Civil Veterinary Department. United Provinces 1912-22 - 1912-1922
Year: 1912
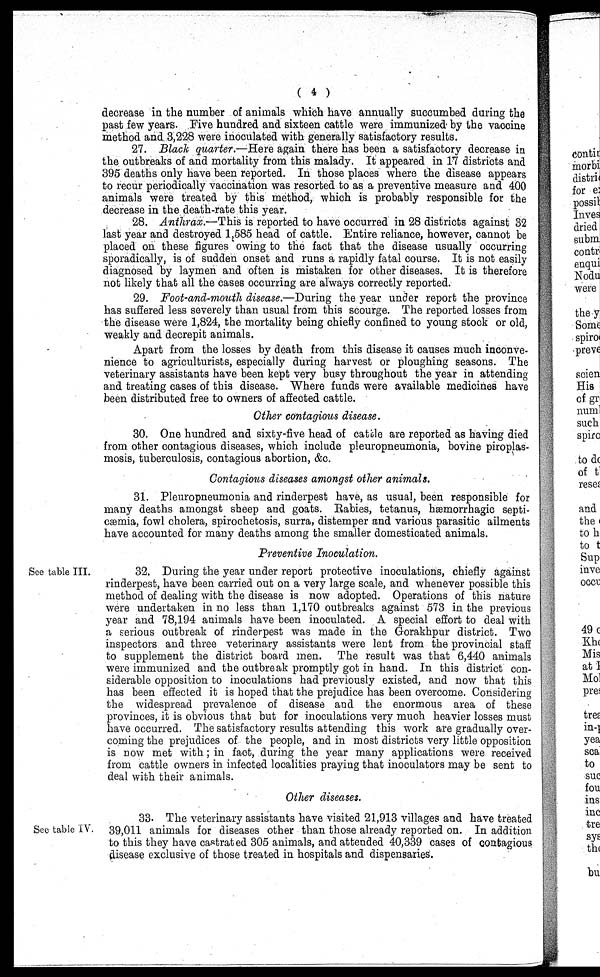
(4)
decrease in the number of animals which have annually succumbed during the
past few years. Five hundred and sixteen cattle were immunized by the vaccine
method and 3,228 were inoculated with generally satisfactory results.
27. Black quarter.—Here again there has been a satisfactory decrease in
the outbreaks of and mortality from this malady. It appeared in 17 districts and
395 deaths only have been reported. In those places where the disease appears
to recur periodically vaccination was resorted to as a preventive measure and 400
animals were treated by this method, which is probably responsible for the
decrease in the death-rate this year.
28. Anthrax.—This is reported to have occurred in 28 districts against 32
last year and destroyed 1,585 head of cattle. Entire reliance, however, cannot be
placed on these figures owing to the fact that the disease usually occurring
sporadically, is of sudden onset and runs a rapidly fatal course. It is not easily
diagnosed by laymen and often is mistaken for other diseases. It is therefore
not likely that all the cases occurring are always correctly reported.
29. Foot-and-mouth disease.—During the year under report the province
has suffered less severely than usual from this scourge. The reported losses from
the disease were 1,824, the mortality being chiefly confined to young stock or old,
weakly and decrepit animals.
Apart from the losses by death from this disease it causes much inconve-
nience to agriculturists, especially during harvest or ploughing seasons. The
veterinary assistants have been kept very busy throughout the year in attending
and treating cases of this disease. Where funds were available medicines have
been distributed free to owners of affected cattle.
Other contagious disease.
30. One hundred and sixty-five head of cattle are reported as having died
from other contagious diseases, which include pleuropneumonia, bovine piroplas-
mosis, tuberculosis, contagious abortion, &c.
Contagious diseases amongst other animals.
31. Pleuropneumonia and rinderpest have, as usual, been responsible for
many deaths amongst sheep and goats. Rabies, tetanus, hæmorrhagic septi-
cæmia, fowl cholera, spirochetosis, surra, distemper and various parasitic ailments
have accounted for many deaths among the smaller domesticated animals.
Preventive Inoculation.
See table III.
32. During the year under report protective inoculations, chiefly against
rinderpest, have been carried out on a very large scale, and whenever possible this
method of dealing with the disease is now adopted. Operations of this nature
were undertaken in no less than 1,170 outbreaks against 573 in the previous
year and 78,194 animals have been inoculated. A special effort to deal with
a serious outbreak of rinderpest was made in the Gorakhpur district. Two
inspectors and three veterinary assistants were lent from the provincial staff
to supplement the district board men. The result was that 6,440 animals
were immunized and the outbreak promptly got in hand. In this district con-
siderable opposition to inoculations had previously existed, and now that this
has been effected it is hoped that the prejudice has been overcome. Considering
the widespread prevalence of disease and the enormous area of these
provinces, it is obvious that but for inoculations very much heavier losses must
have occurred. The satisfactory results attending this work are gradually over-
coming the prejudices of the people, and in most districts very little opposition
is now met with; in fact, during the year many applications were received
from cattle owners in infected localities praying that inoculators may be sent to
deal with their animals.
Other diseases.
See table IV.
33. The veterinary assistants have visited 21,913 villages and have treated
39,011 animals for diseases other than those already reported on. In addition
to this they have castrated 305 animals, and attended 40,339 cases of contagious
disease exclusive of those treated in hospitals and dispensaries.